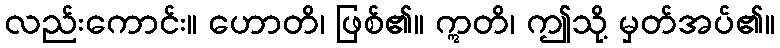
လည်းကောင်း။ ဟောတိ၊ ဖြစ်၏။ ဣတိ၊ ဤသို့ မှတ်အပ်၏။